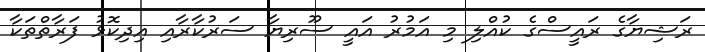
ރަޝިޔާގެ ރައީސްގެ ކުއްލި މި އަމުރު އައީ ސޫރިޔާ ސަރުކާރާއި އިދިކޮޅު ފަރާތްތަކާ